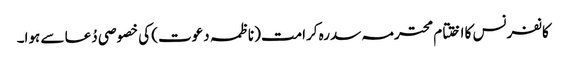
کانفرنس کا اختتام محترمہ سدرہ کرامت (ناظمہ دعوت) کی خصوصی دُعا سے ہوا۔